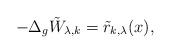
LaTeX: \begin{align*}-\Delta_g \tilde{W}_{\lambda,k}=\tilde{r}_{k,\lambda}(x),\end{align*}